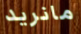
مانريد